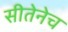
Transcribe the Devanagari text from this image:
सीतेनेच